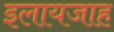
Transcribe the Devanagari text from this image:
इलायजाह